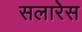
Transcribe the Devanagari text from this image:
सलारेस